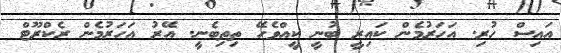
އައިސް ހުރި. އަހަރުމެން ކައިރީ ބުނީ ކީއްވެހޭ ތިތިބެނީ. އޭރު އަހަރުމެން ރެކްރޫޓް